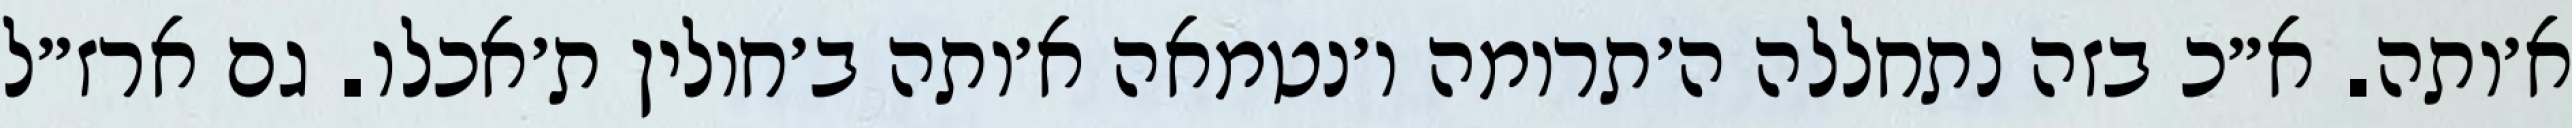
א׳ותה. א״כ בזה נתחללה ה׳תרומה ו׳נטמאה א׳ותה ב׳חולין ת׳אכלו. גם ארז״ל